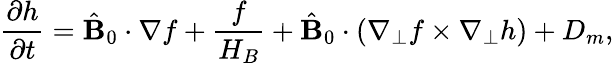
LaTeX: \frac{\partial h}{\partial t}=\hat{\mathbf B}_{0}\cdot\nabla f+\frac{f}{H_{B}}+\hat{\mathbf B}_{0}\cdot(\nabla_{\perp}f\times\nabla_{\perp}h)+D_{m},